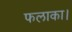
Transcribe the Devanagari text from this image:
फलाका।